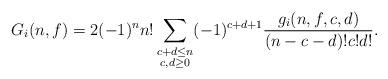
LaTeX: \begin{align*}G_i(n,f) =2(-1)^n n!\sum_{\substack{c+d\le n \\ c,d \ge 0}} (-1)^{c+d+1}\frac{ g_i(n,f,c,d)}{(n-c-d)!c!d!}. \end{align*}